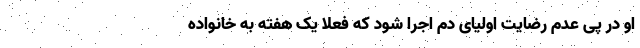
او در پی عدم رضایت اولیای دم اجرا شود که فعلا یک هفته به خانواده